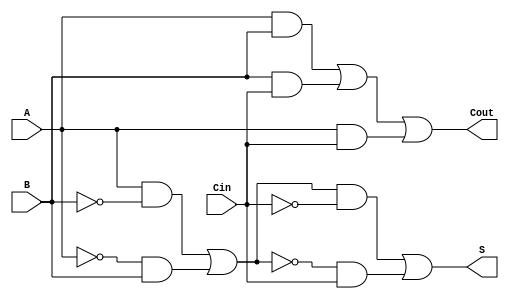
module TransmissionGateFullAdder (
    input wire A,      // First single-bit input
    input wire B,      // Second single-bit input
    input wire Cin,    // Carry-in input
    output wire S,     // Sum output
    output wire Cout   // Carry-out output
);

// Intermediate signals for XOR and AND operations
wire AB_xor, A_Cin_xor, B_Cin_xor; // Intermediate XOR results
wire AB_and, B_Cin_and, A_Cin_and; // Intermediate AND results

// Transmission gate for A XOR B
assign AB_xor = (A & ~B & 1'b1) | (~A & B & 1'b1); // A XOR B using transmission gates

// Transmission gate for (A XOR B) XOR Cin
assign S = (AB_xor & ~Cin & 1'b1) | (~AB_xor & Cin & 1'b1); // S = (A XOR B) XOR Cin

// Transmission gates for AND operations
assign AB_and = A & B;          // A AND B
assign B_Cin_and = B & Cin;     // B AND Cin
assign A_Cin_and = A & Cin;     // A AND Cin

// Combine the AND results using OR logic for Cout
assign Cout = AB_and | B_Cin_and | A_Cin_and;

endmodule